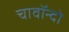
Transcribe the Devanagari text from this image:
चावॉन्दो